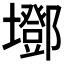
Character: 𡓂